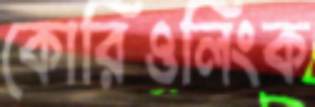
কোরিওলিংক